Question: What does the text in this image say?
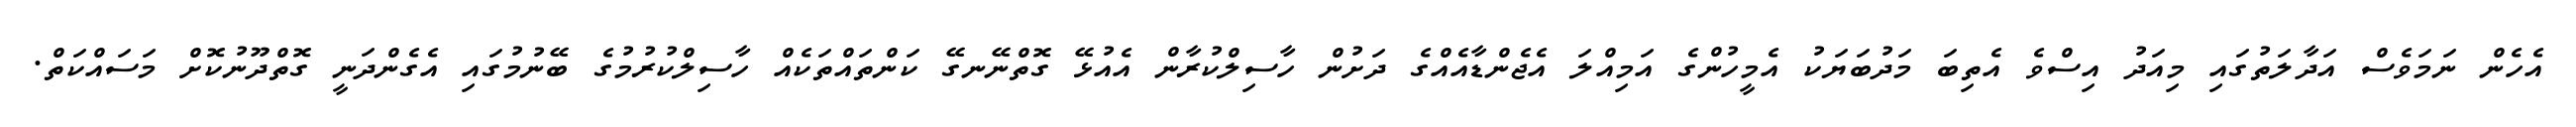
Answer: އެހެން ނަމަވެސް އަދާލަތުގައި މިއަދު އިސްވެ އެތިބަ މަދުބަޔަކު އެމީހުންގެ އަމިއްލަ އެޖެންޑާއެއްގެ ދަށުން ހާސިލްކުރާން އެއުޅޭ ގޮތްނޭނގޭ ކަންތައްތަކެއް ހާސިލްކުރުމުގެ ބޭނުމުގައި އެގެންދަނީ ގޮތްދޫނުކޮށް މަސައްކަތް.